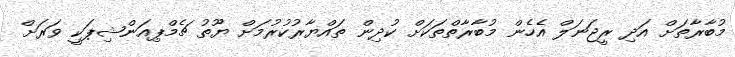
މުބާރާތަށް އަދި ރީޖަނަލް އެހެން މުބާރާތްތަކަށް ކުދިން ތައްޔާރުކުރުމަށް ޔޫތު ޗެމްޕިއަންޝިޕަކީ ވަރަށް